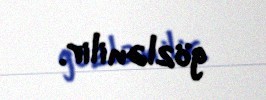
gözlənilir.